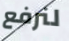
لنرفع